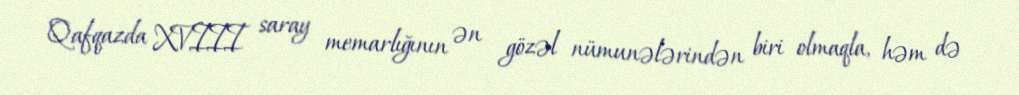
Qafqazda XVIII saray memarlığının ən gözəl nümunələrindən biri olmaqla, həm də